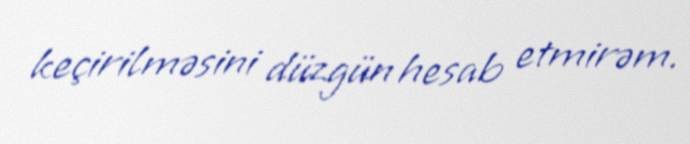
keçirilməsini düzgün hesab etmirəm.